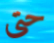
حتى